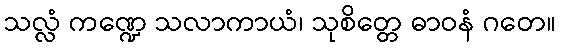
သလ္လံ ကဏ္ဍေ သလာကာယံ၊ သုစိတ္တေ ဓာဝနံ ဂတေ။